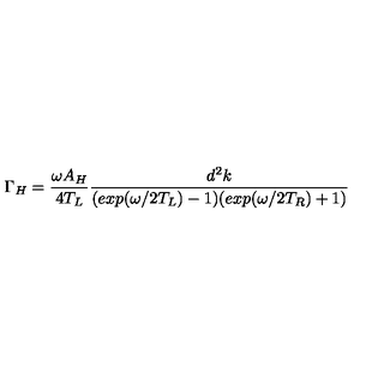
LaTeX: \Gamma _ { H } = \frac { \omega A _ { H } } { 4 T _ { L } } \frac { d ^ { 2 } k } { ( e x p ( \omega / 2 T _ { L } ) - 1 ) ( e x p ( \omega / 2 T _ { R } ) + 1 ) }